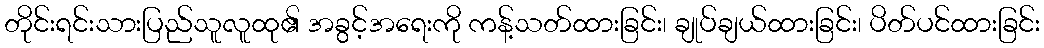
တိုင်းရင်းသားပြည်သူလူထု၏ အခွင့်အရေးကို ကန့်သတ်ထားခြင်း၊ ချုပ်ချယ်ထားခြင်း၊ ပိတ်ပင်ထားခြင်း